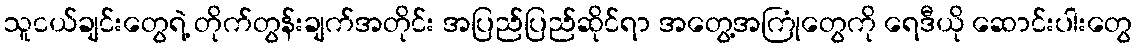
သူငယ်ချင်းတွေရဲ့ တိုက်တွန်းချက်အတိုင်း အပြည်ပြည်ဆိုင်ရာ အတွေ့အကြုံတွေကို ရေဒီယို ဆောင်းပါးတွေ